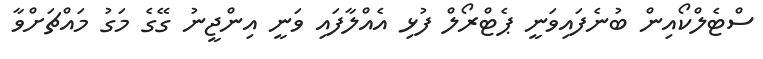
ސްޓެލްކޯއިން ބުނެފައިވަނީ ޕެޓްރޯލް ފުޅި އެއްލާފައި ވަނީ އިންޖީނު ގޭގެ މަގު މައްޗަށްވާ